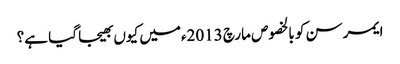
ایمرسن کو بالخصوص مارچ 2013ءمیں کیوں بھیجا گیا ہے؟